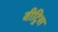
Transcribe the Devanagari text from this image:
वीट्रिस